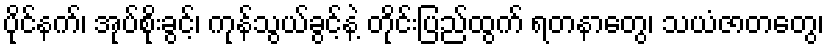
ပိုင်နက်၊ အုပ်စိုးခွင့်၊ ကုန်သွယ်ခွင့်နဲ့ တိုင်းပြည်ထွက် ရတနာတွေ၊ သယံဇာတတွေ၊